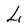
Character: L